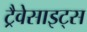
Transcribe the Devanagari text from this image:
ट्रैवेसाइट्स